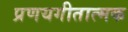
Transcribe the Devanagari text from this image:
प्रणयगीतात्मक